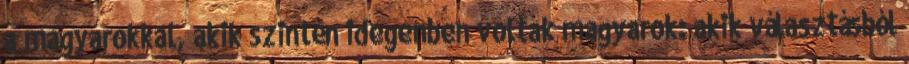
a magyarokkal, akik szintén idegenben voltak magyarok: akik választásból